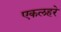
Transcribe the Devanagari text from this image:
एकलहरे